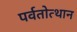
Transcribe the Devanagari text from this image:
पर्वतोत्‍थान